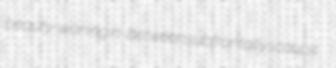
beauty-waning in-between subfrontally scaups